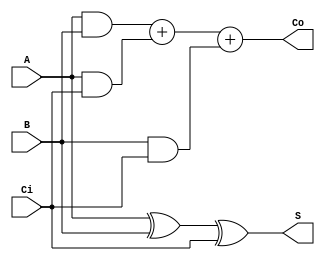
`timescale 1ns / 1ps
`default_nettype none //helps catch typo-related bugs
//////////////////////////////////////////////////////////////////////////////////
// 
// CS 141 - Fall 2015
// Module Name:    adder_1bit 
// Author(s): 
// Description: Adds one bit to another, taking into account Carry in, Ci, and giving a 
// carry out value, Co with sum S.
//
//
//////////////////////////////////////////////////////////////////////////////////
module adder_1bit(A, B, Ci, Co, S);

	input wire A, B, Ci;
	output wire S, Co;
	
	assign S = (A ^ B) ^ Ci;
	assign Co = (A & B) + (A & Ci) + (B & Ci);

endmodule
`default_nettype wire //some Xilinx IP requires that the default_nettype be set to wire